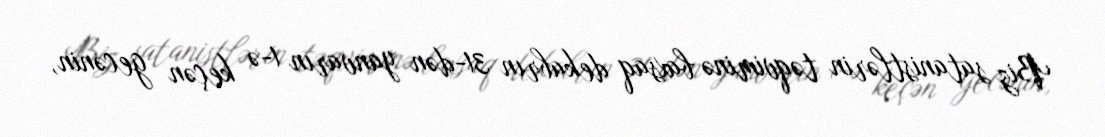
Biz satanistlərin təqviminə baxsaq dekabrın 31-dən yanvarın 1-ə keçən gecənin,